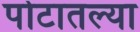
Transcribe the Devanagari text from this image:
पोटातल्या